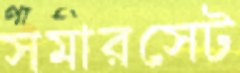
সমারসেট